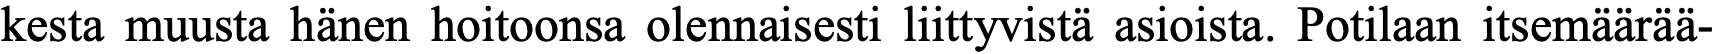
kesta muusta hänen hoitoonsa olennaisesti liittyvistä asioista. Potilaan itsemäärää-